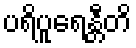
ပရိပူရေန္တီတိ